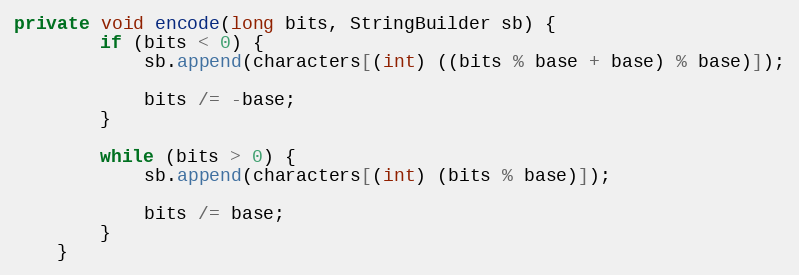
Language: Java
private void encode(long bits, StringBuilder sb) {
        if (bits < 0) {
            sb.append(characters[(int) ((bits % base + base) % base)]);

            bits /= -base;
        }

        while (bits > 0) {
            sb.append(characters[(int) (bits % base)]);

            bits /= base;
        }
    }